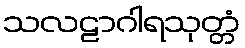
သလဠာဂါရသုတ္တံ